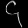
Digit: ၄